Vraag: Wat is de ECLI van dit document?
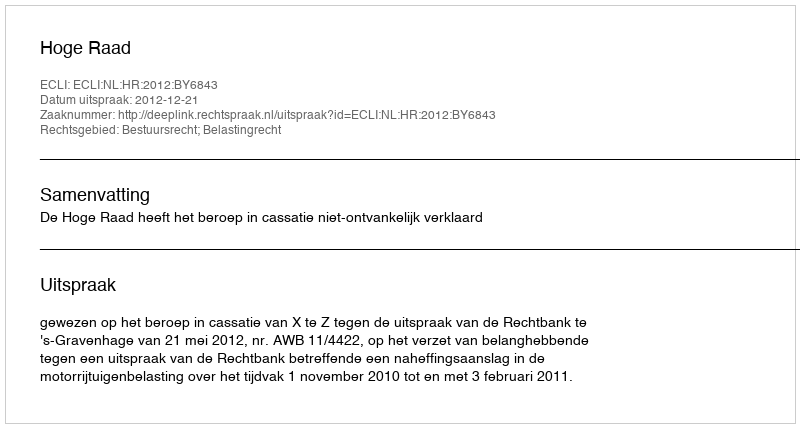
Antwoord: ECLI:NL:HR:2012:BY6843